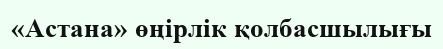
«Астана» өңірлік қолбасшылығы